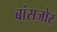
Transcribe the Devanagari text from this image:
बांसजोर